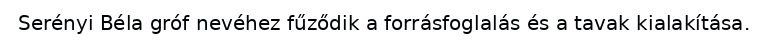
Serényi Béla gróf nevéhez fűződik a forrásfoglalás és a tavak kialakítása.